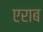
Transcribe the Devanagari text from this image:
एराब